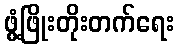
ဖွံ့ဖြိုးတိုးတက်ရေး